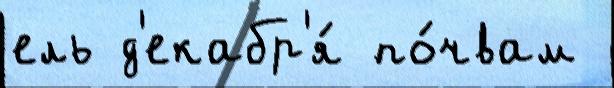
ель д'екабр'я́ по́чвам